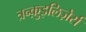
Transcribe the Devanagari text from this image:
त्रन्क़ुइलिज़ेर्स